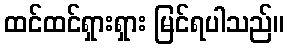
ထင်ထင်ရှားရှား မြင်ရပါသည်။